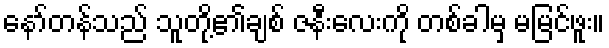
နော်တန်သည် သူတို့၏ချစ် ဇနီးလေးကို တစ်ခါမှ မမြင်ဖူး။